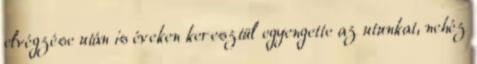
elvégzése után is éveken keresztül egyengette az utunkat, nehéz